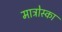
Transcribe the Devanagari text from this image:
माट्रोस्का